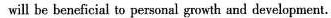
will be beneficial to personal growth and development.